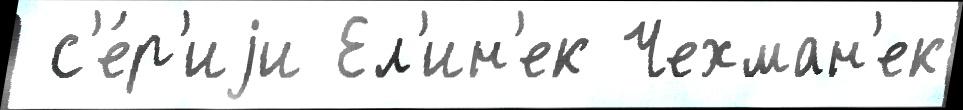
 с'е́р'иjи Ел'ин'ек Чехман'ек